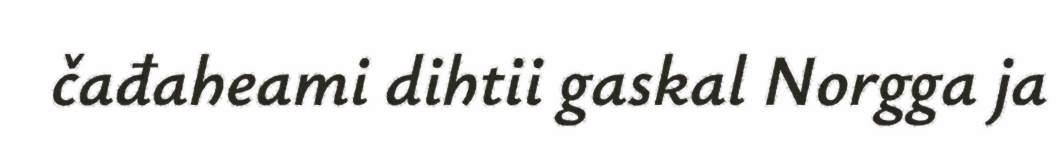
čađaheami dihtii gaskal Norgga ja